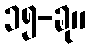
၁၅-ခု။